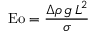
\mathrm { E o } = { \frac { \Delta \rho \, g \, L ^ { 2 } } { \sigma } }